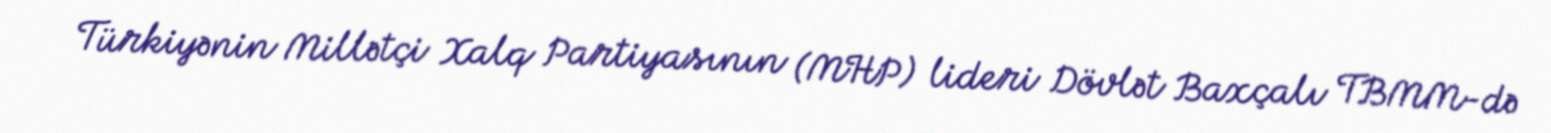
Türkiyənin Millətçi Xalq Partiyasının (MHP) lideri Dövlət Baxçalı TBMM-də